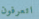
اتعرفون